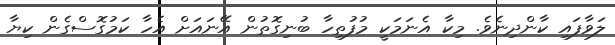
ލަވާފައި ކާންދިނެވެ. މިކާ އެނަމަކީ މުފުތިހާ ބުނިގޮތުން އޭނައަށް އެހާ ކަމުގޮސްގެން ކިޔާ